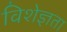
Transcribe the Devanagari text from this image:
विशेज्ञता